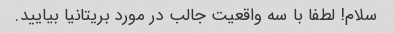
سلام! لطفا با سه واقعیت جالب در مورد بریتانیا بیایید.